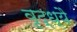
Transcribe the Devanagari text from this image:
वृद्ध्यै